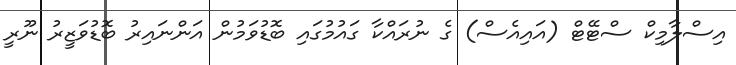
އިސްލާމިކް ސްޓޭޓް (އައިއެސް) ގެ ނުރައްކާ ގައުމުގައި ބޮޑުވަމުން އަންނައިރު ބޮޑުވަޒީރު ނޫރީ